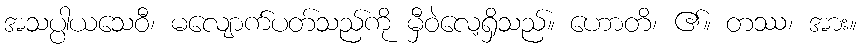
အသပ္ပါယသေဝီ၊ မလျောက်ပတ်သည်ကို မှီဝဲလေ့ရှိသည်။ ဟောတိ၊ ၏။ တဿ၊ အား။